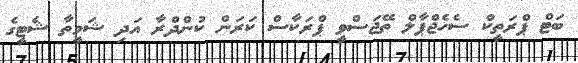
ބަޓް ޕްރަތީކް ސެހެޖްޕާލް ތޭޖަސްވީ ޕްރަކާސް ކަރަން ކުންދްރާ އަދި ޝަމީތާ ޝެޓީގެ